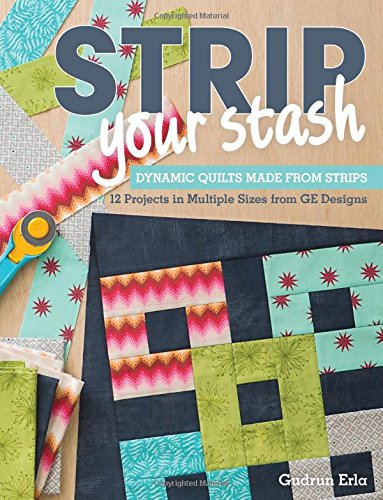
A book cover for Strip Your Stash: Dynamic Quilts Made from Strips  12 Projects in Multiple Sizes from GE Designs; Gudrun Erla; Crafts, Hobbies & Home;